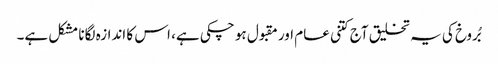
بُروخ کی یہ تخلیق آج کتنی عام اور مقبول ہو چکی ہے، اس کا اندازہ لگانا مشکل ہے۔